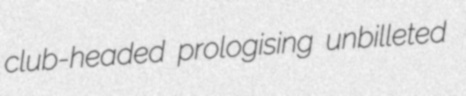
club-headed prologising unbilleted